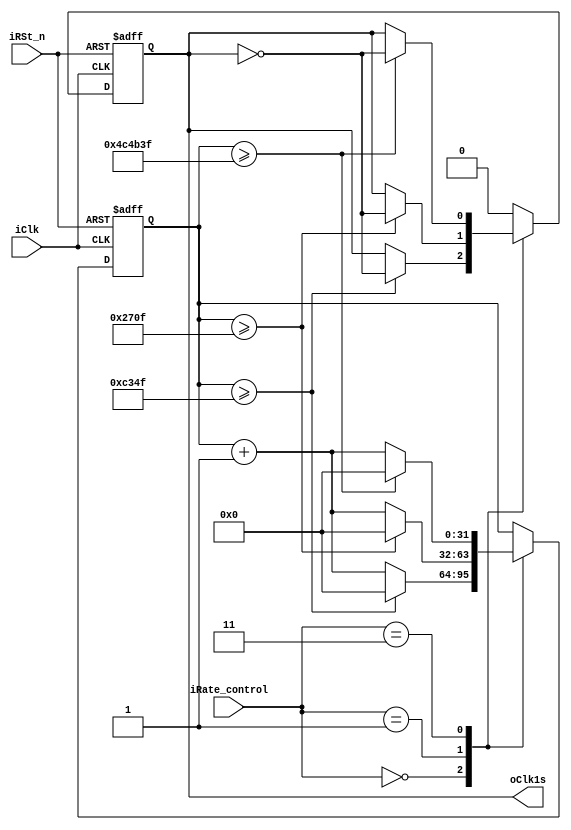
module DIV_Clk(
        iClk,   // 100 Mhz clock
        iRSt_n,
		  iRate_control,
        oClk1s,
);
input              iClk;  // 100 Mhz clock 
input              iRSt_n;
input        [1:0] iRate_control;
output             oClk1s;

parameter   CLOCKFREQ = 100_000_000; /* clock = 100Mhz*/
parameter   ExpectClk1 = 1000;  /* 1Hz *//////////////////////////////////////////////////////////////
parameter   ExpectClk5 = 5000;  /* 5Hz *///////////////////////////////////////////////////////////////
parameter   ExpectClk10 = 10;  /* 10Hz */
reg              rClkHz ;
reg    [31:0]    rDivCounter;

assign oClk1s = rClkHz ;
always@(posedge iClk or negedge iRSt_n) begin
    if(!iRSt_n) begin
         rDivCounter<= 0;
         rClkHz <= 0;
    end else begin
	 case(iRate_control)
	 2'b00:begin
        if(rDivCounter >= ((CLOCKFREQ/(ExpectClk1 * 2))-1)) begin
            rDivCounter<= 0;
            rClkHz <= ~rClkHz ;
        end else begin
            rDivCounter<= rDivCounter+ 1;
            rClkHz <= rClkHz ;
        end
    end 
	 2'b01:begin
        if(rDivCounter >= ((CLOCKFREQ/(ExpectClk5 * 2))-1)) begin
            rDivCounter<= 0;
            rClkHz <= ~rClkHz ;
        end else begin
            rDivCounter<= rDivCounter+ 1;
            rClkHz <= rClkHz ;
        end
    end 
	 2'b11:begin
        if(rDivCounter >= ((CLOCKFREQ/(ExpectClk10 * 2))-1)) begin
            rDivCounter<= 0;
            rClkHz <= ~rClkHz ;
        end else begin
            rDivCounter<= rDivCounter+ 1;
            rClkHz <= rClkHz ;
        end
    end
	 default: rClkHz <= 0;
	 endcase
	 end
end

endmodule